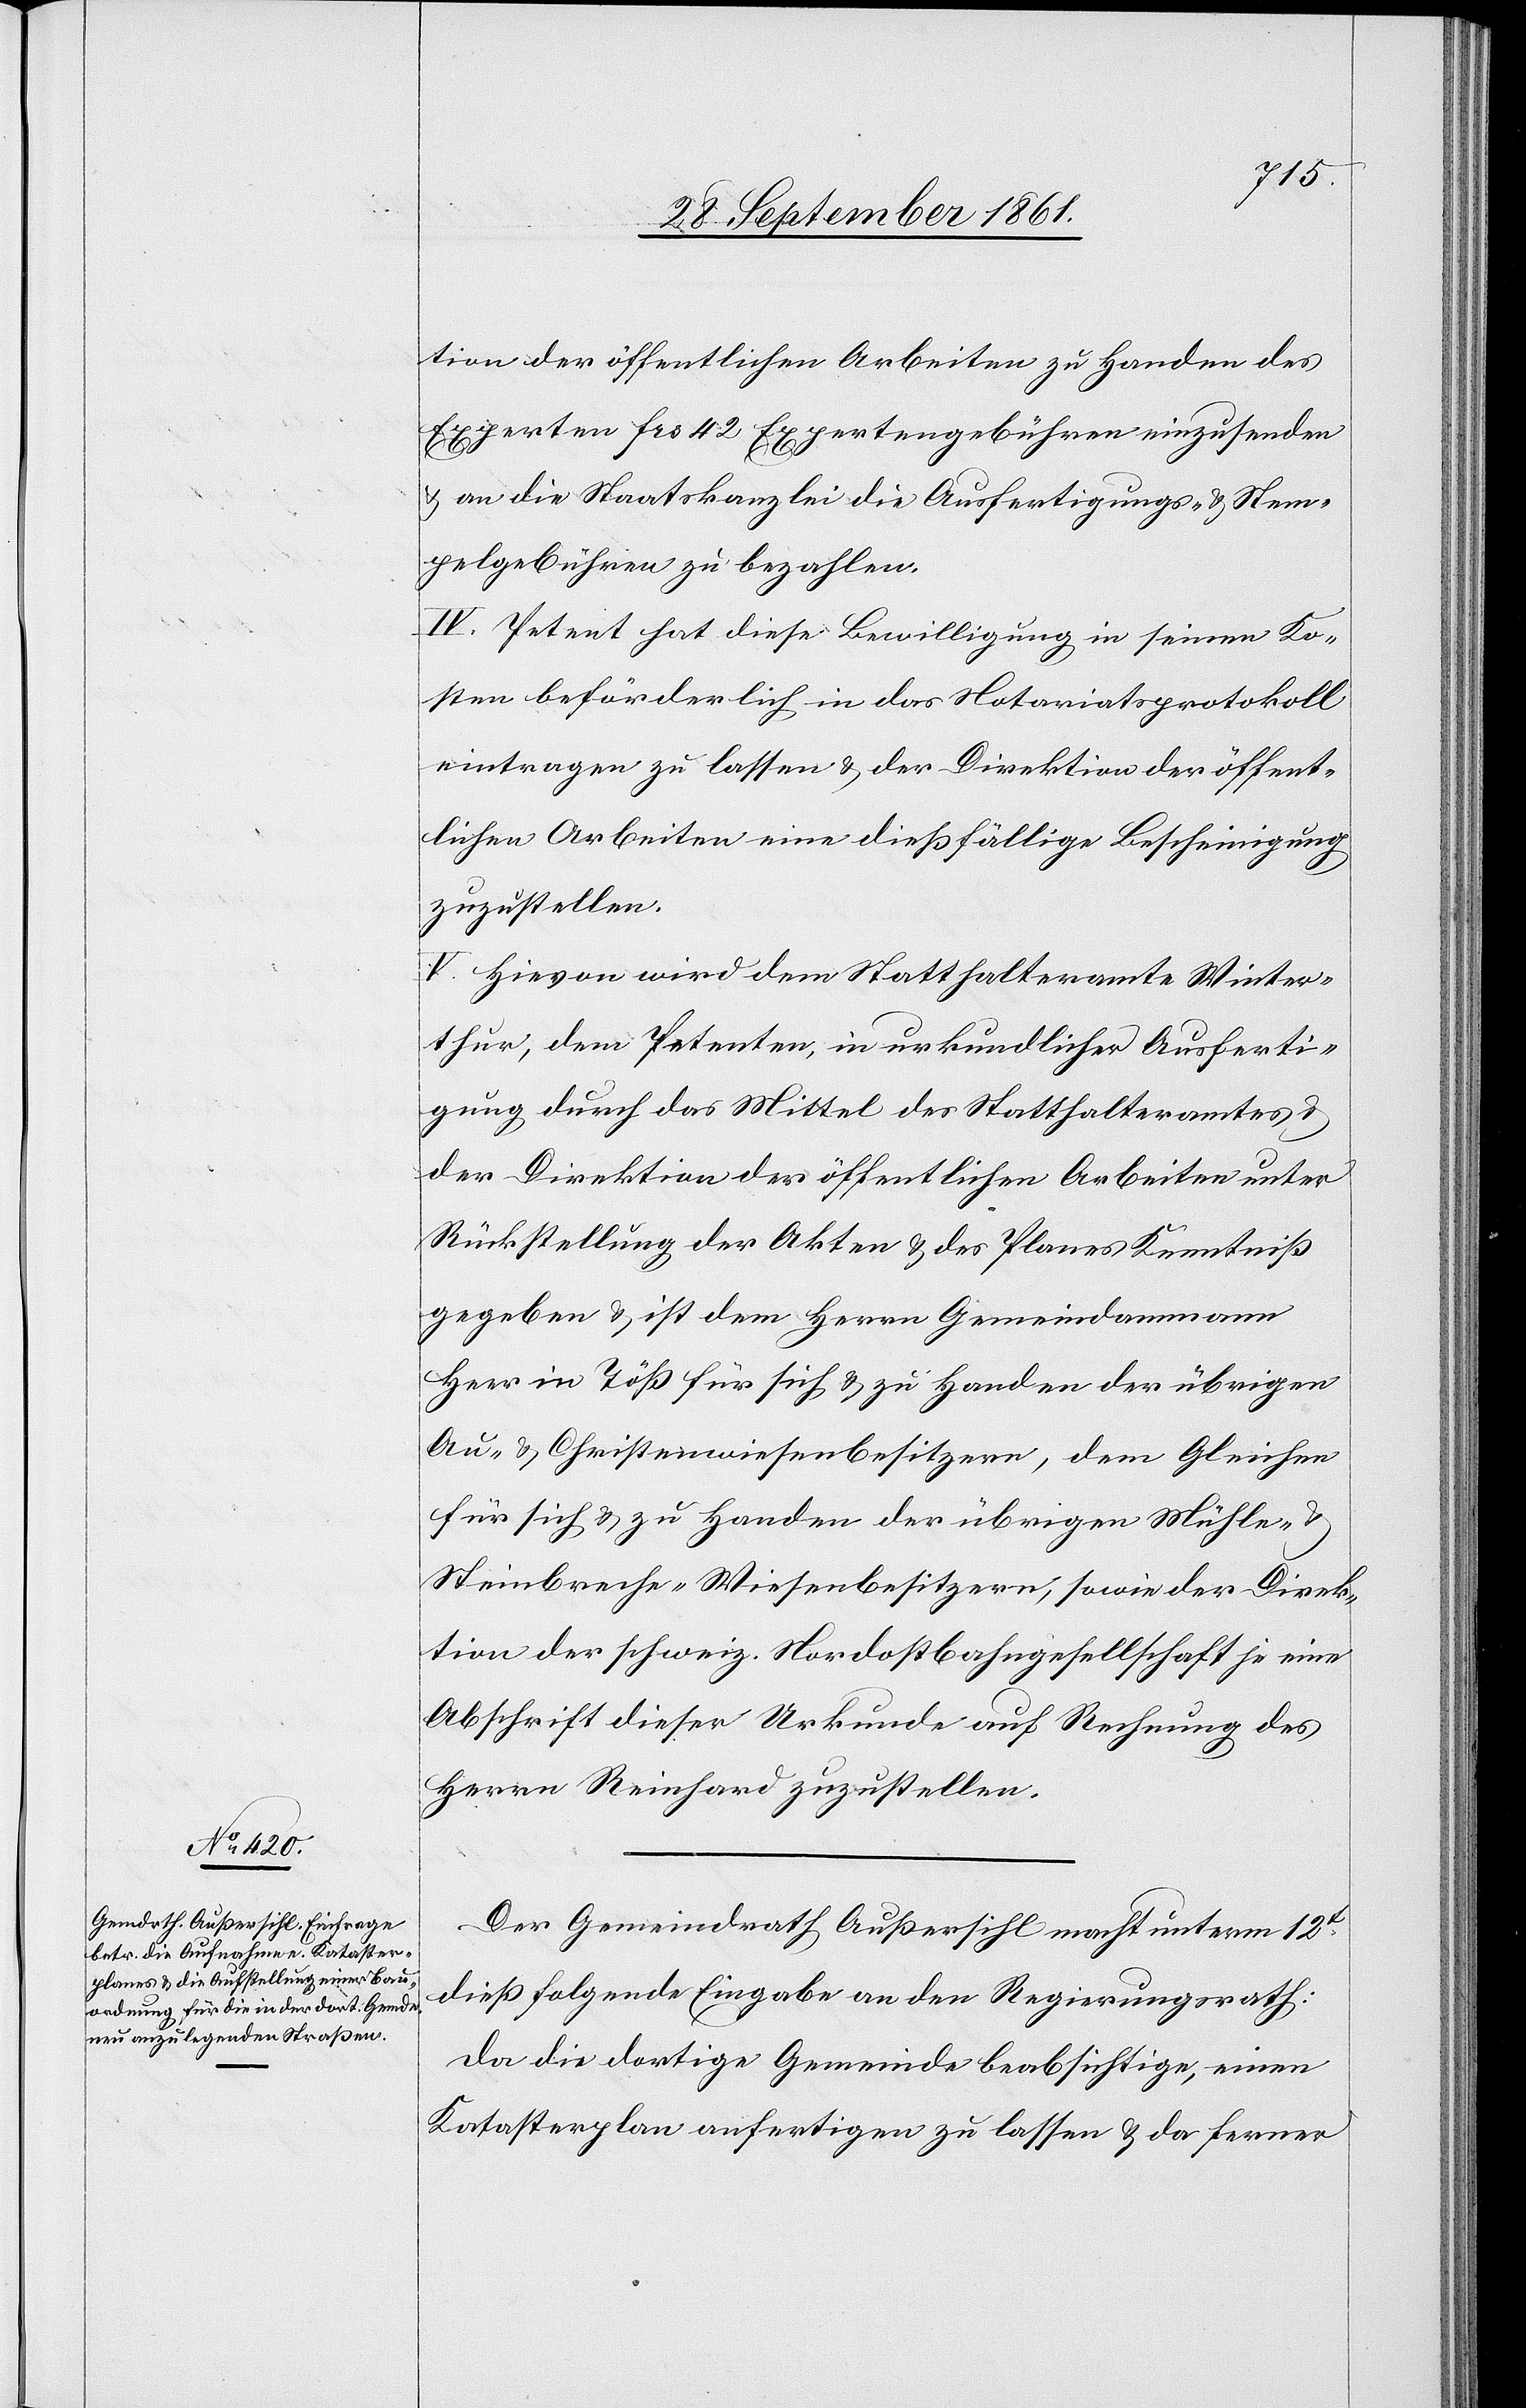
tion der öffentlichen Arbeiten zu Handen des
Experten frs 42 Expertengebühren einzusenden
u. an die Staatskanzlei die Ausfertigungs- u. Stem¬
pelgebühren zu bezahlen.
IV. Petent hat diese Bewilligung in seinen Ko¬
sten beförderlich in das Notariatsprotokoll
eintragen zu lassen u. der Direktion der öffent¬
lichen Arbeiten eine dießfällige Bescheinigung
zuzustellen.
V. Hievon wird dem Statthalteramte Winter¬
thur, dem Petenten, in urkundlicher Ausferti¬
gung durch das Mittel des Statthalteramtes u.
der Direktion der öffentlichen Arbeiten unter
Rückstellung der Akten u. des Planes Kenntniß
gegeben u. ist dem Herrn Gemeindammann
Heer in Töß für sich u. zu Handen der übrigen
Au- u. Christenwiesenbesitzern, dem Gleichen
für sich u. zu Handen der übrigen Mühle-
Steinbreche-Wiesenbesitzern, sowie der Direk¬
tion der schweiz. Nordostbahngesellschaft je eine
Abschrift dieser Urkunde auf Rechnung des
Herrn Reinhard zuzustellen.
Der Gemeindrath Außersihl macht unterm 12t
dieß folgende Eingabe an den Regierungsrath:
Da die dortige Gemeinde beabsichtige, einen
Katasterplan anfertigen zu lassen u. da ferner